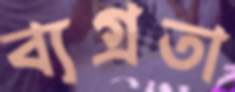
ব্যগ্রতা